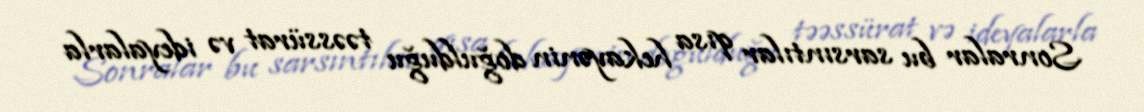
Sonralar bu sarsıntılar qısa hekayənin doğulduğu təəssürat və ideyalarla